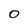
Character: 0